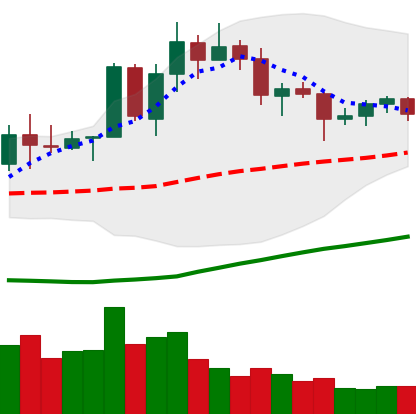
Ticker: TRX-USD
Chart end date: 2020-07-20
Forward return: 8.502%
Label: up_7plus